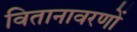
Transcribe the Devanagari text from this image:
वितानावरणों